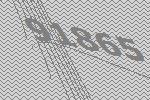
91865